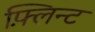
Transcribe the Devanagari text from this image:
फ़्लिन्ट